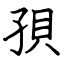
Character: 孭